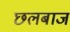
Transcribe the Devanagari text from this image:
छलबाज